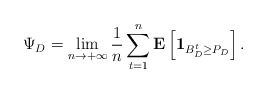
\begin{align*}\Psi_D = \lim_{n \to +\infty} \frac{1}{n} \sum_{t = 1}^{n} \mathbf{E} \left[ \mathbf{1}_{B_{D}^{t} \geq P_{D}} \right].\end{align*}